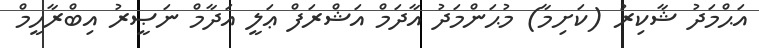
އަޙްމަދު ޝާކިރު (ކަށިމާ) މުޙަންމަދު އާދަމް އަޝްރަފް ޢަލީ އަދާމް ނަޞީރު އިބްރާހީމް